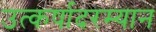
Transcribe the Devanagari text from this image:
उत्कर्षादरम्यान